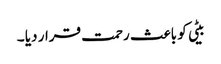
بیٹی کو باعث رحمت قرار دیا ۔